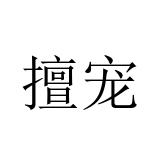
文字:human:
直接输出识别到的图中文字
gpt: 擅宠